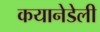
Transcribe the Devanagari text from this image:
कयानेडेली